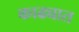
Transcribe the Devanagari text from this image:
काढ्यात